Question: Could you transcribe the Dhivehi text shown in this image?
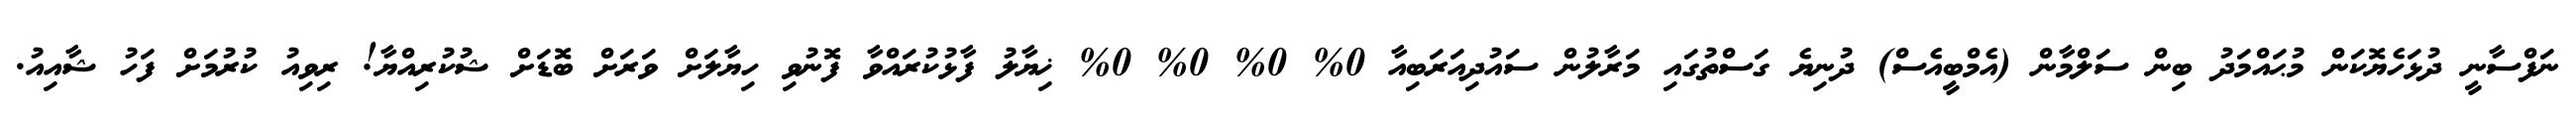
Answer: ނަފްސާނީ ދުޅަހެޔޮކަން މުޙައްމަދު ބިން ސަލްމާން (އެމްބީއެސް) ދުނިޔެ ގަސްތުގައި މަރާލުން ސައުދިއަރަބިއާ 0% 0% 0% 0% ޚިޔާލު ފާޅުކުރައްވާ ފޮނުވި ހިޔާލަށް ވަރަށް ބޮޑަށް ޝުކުރިއްޔާ! ރިވިއު ކުރުމަށް ފަހު ޝާއިއު.